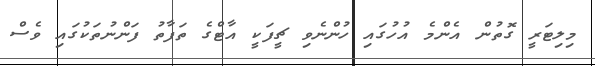
މިލިޓަރީ ގޮތުން އެންމެ އުހުގައި ހުންނެވި ޗީފަކީ އާޓްގެ ތަފާތު ފަންނުތަކުގައި ވެސް